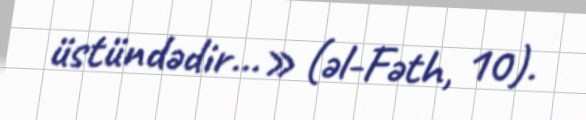
üstündədir...» (əl-Fəth, 10).